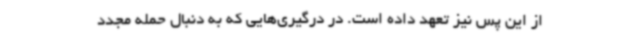
از این پس نیز تعهد داده است. در درگیری‌هایی که به دنبال حمله مجدد